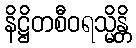
နိဋ္ဌိတစီဝရသ္မိန္တိ